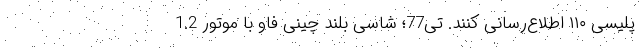
پلیسی ۱۱۰ اطلاع‌رسانی کنند. تی77؛ شاسی بلند چینی فاو با موتور 1.2